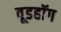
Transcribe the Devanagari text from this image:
वूडहॉग